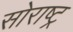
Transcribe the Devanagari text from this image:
सोराष्ट्र